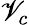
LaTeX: \mathscr{V}_{c}